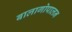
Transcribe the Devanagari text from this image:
बालागोपालन